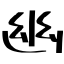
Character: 幽